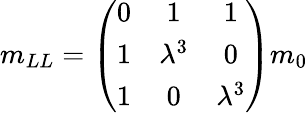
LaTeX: m_{LL}=\left(\begin{array}{ccc}{{0}}&{{1}}&{{1}}\\ {{1}}&{{\lambda^{3}}}&{{0}}\\ {{1}}&{{0}}&{{\lambda^{3}}}\end{array}\right)m_{0}